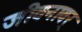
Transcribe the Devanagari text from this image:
जीवनावर्